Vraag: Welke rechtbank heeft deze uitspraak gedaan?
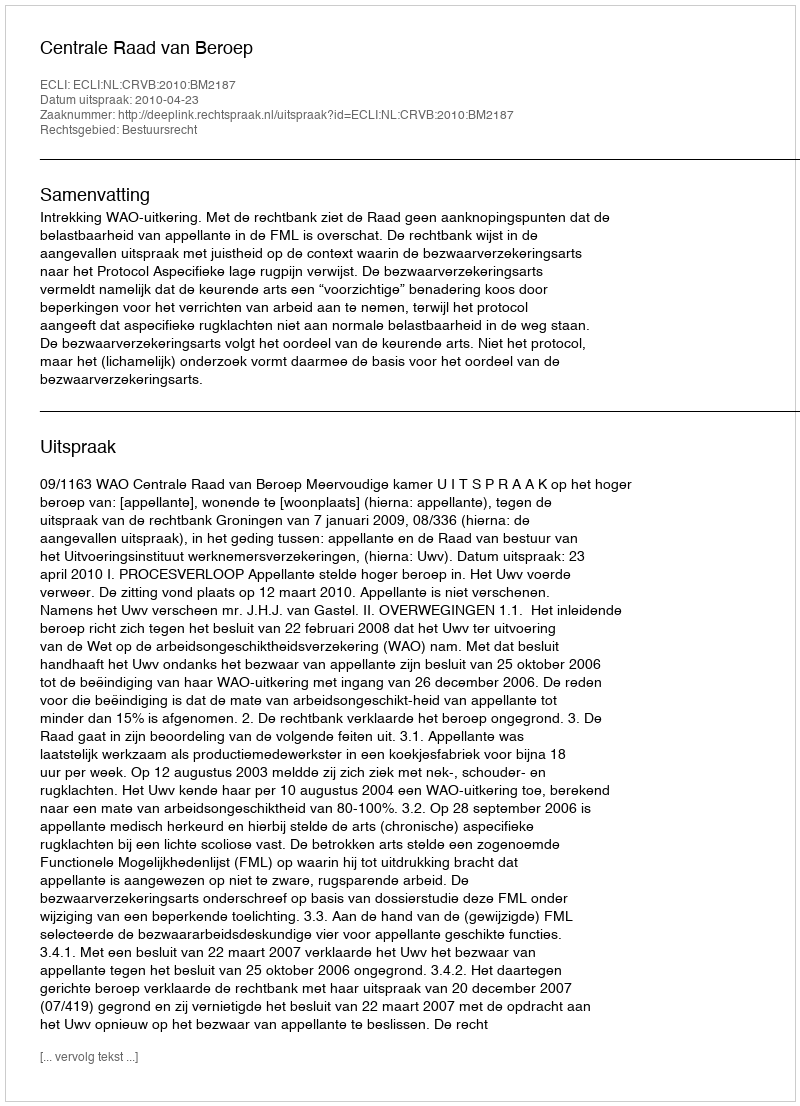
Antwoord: Centrale Raad van Beroep